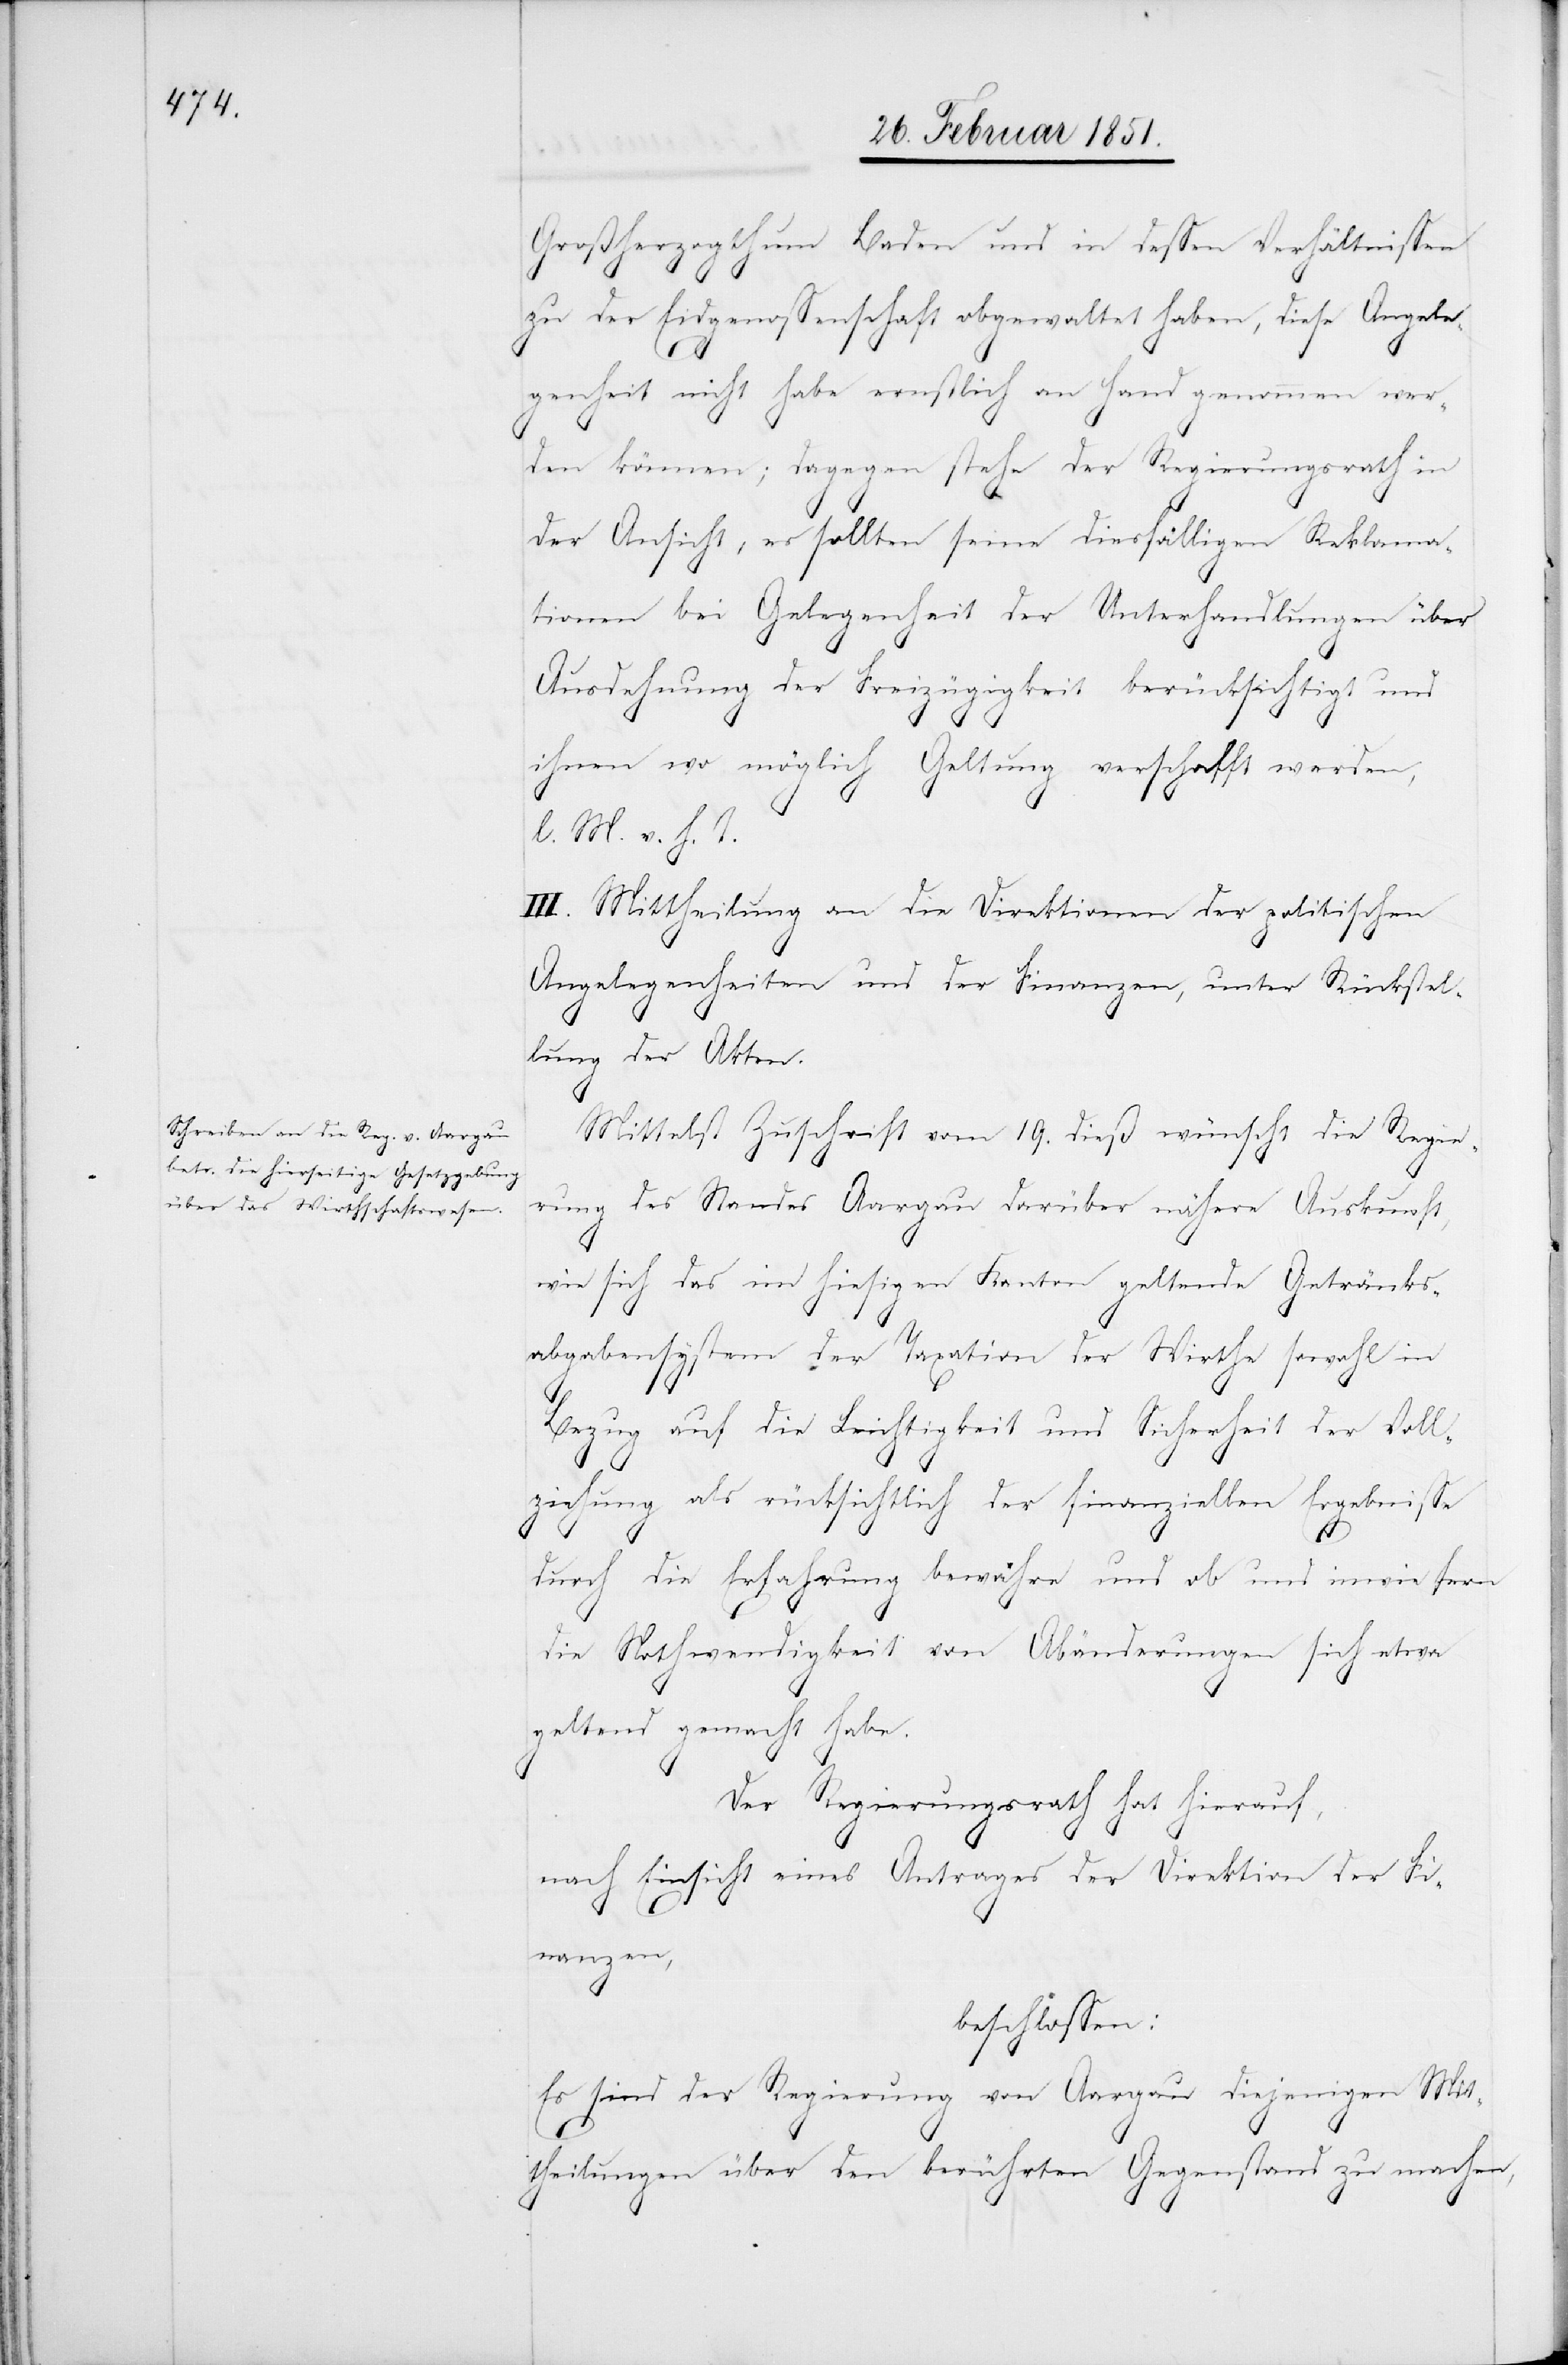
Großherzogthum Baden und in dessen Verhältnissen
zu der Eidgenossenschaft obgewaltet haben, diese Angele¬
genheit nicht habe ernstlich an Hand genommen wer¬
den können; dagegen stehe der Regierungsrath in
der Ansicht, es sollten seine diesfälligen Reklama¬
tionen bei Gelegenheit der Unterhandlungen über
Ausdehnung der Freizügigkeit berücksichtigt und
ihnen wo möglich Geltung verschafft werden,
l. M. v. h. T.
III. Mittheilung an die Direktionen der politischen
Angelegenheiten und der Finanzen, unter Rückstel¬
lung der Akten.
Mittelst Zuschrift vom 19. dieß wünscht die Regie¬
rung des Standes Aargau darüber nähere Auskunft,
wie sich das im hiesigen Kanton geltende Getränks¬
abgabensystem der Taxation der Wirthe sowohl in
Bezug auf die Leichtigkeit und Sicherheit der Voll¬
ziehung als rücksichtlich der finanziellen Ergebnisse
durch die Erfahrung bewähre und ob und in wie fern
die Nothwendigkeit von Abänderungen sich etwa
geltend gemacht habe.
Der Regierungsrath hat hierauf,
nach Einsicht eines Antrages der Direktion der Fi¬
nanzen,
beschlossen:
Es sind der Regierung von Aargau diejenigen Mit¬
theilungen über den berührten Gegenstand zu machen,